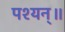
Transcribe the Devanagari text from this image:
पश्यन्॥